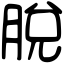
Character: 脫